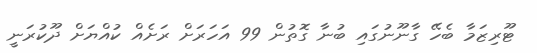
ޓޫރިޒަމާ ބެހޭ ގާނޫނުގައި ބުނާ ގޮތުން 99 އަހަރަށް ރަށެއް ކުއްޔަށް ދޫކުރަނީ